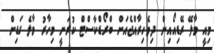
މިއީ މާލޭ ރޭޑިއޯއިން ދިވެހިރާއްޖެއަށް ބްރޯޑްކާސްޓް ކުރަނީ މިހާރު މާލެ ގަޑިން